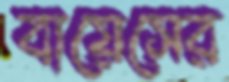
বায়েসের